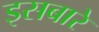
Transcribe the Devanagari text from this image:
इसबारे